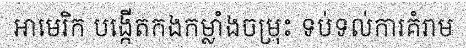
អាមេរិក បង្កើតកងកម្លាំងចម្រុះ ទប់ទល់ការគំរាម